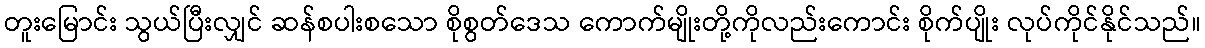
တူးမြောင်း သွယ်ပြီးလျှင် ဆန်စပါးစသော စိုစွတ်ဒေသ ကောက်မျိုးတို့ကိုလည်းကောင်း စိုက်ပျိုး လုပ်ကိုင်နိုင်သည်။